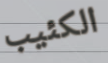
الكئيب